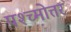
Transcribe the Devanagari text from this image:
पश्च्मोत्तर